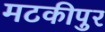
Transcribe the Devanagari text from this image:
मटकीपुर